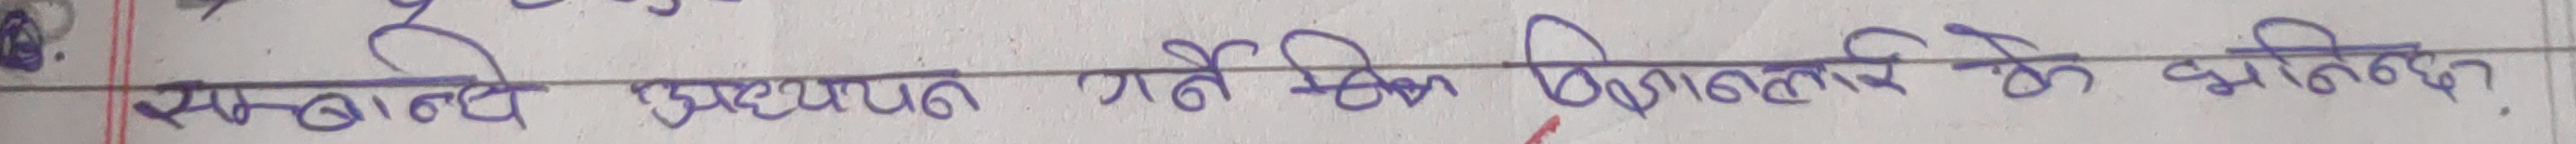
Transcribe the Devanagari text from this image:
सम्बन्ध अध्ययन रही कि विमलवीर के अभिनन्दन.